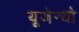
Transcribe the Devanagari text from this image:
यूजेन्यो